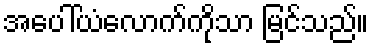
အပေါ်ယံလောက်ကိုသာ မြင်သည်။